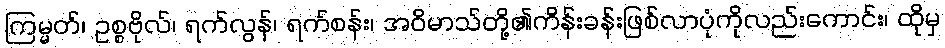
ကြမ္မတ်၊ ဥစ္စဗိုလ်၊ ရက်လွန်၊ ရက်စန်း၊ အဝိမာသ်တို့၏ကိန်းခန်းဖြစ်လာပုံကိုလည်းကောင်း၊ ထိုမှ